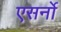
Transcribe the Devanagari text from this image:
एसर्नो